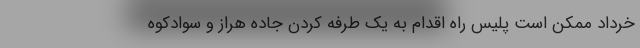
خرداد ممکن است پلیس راه اقدام به یک طرفه کردن جاده هراز و سوادکوه